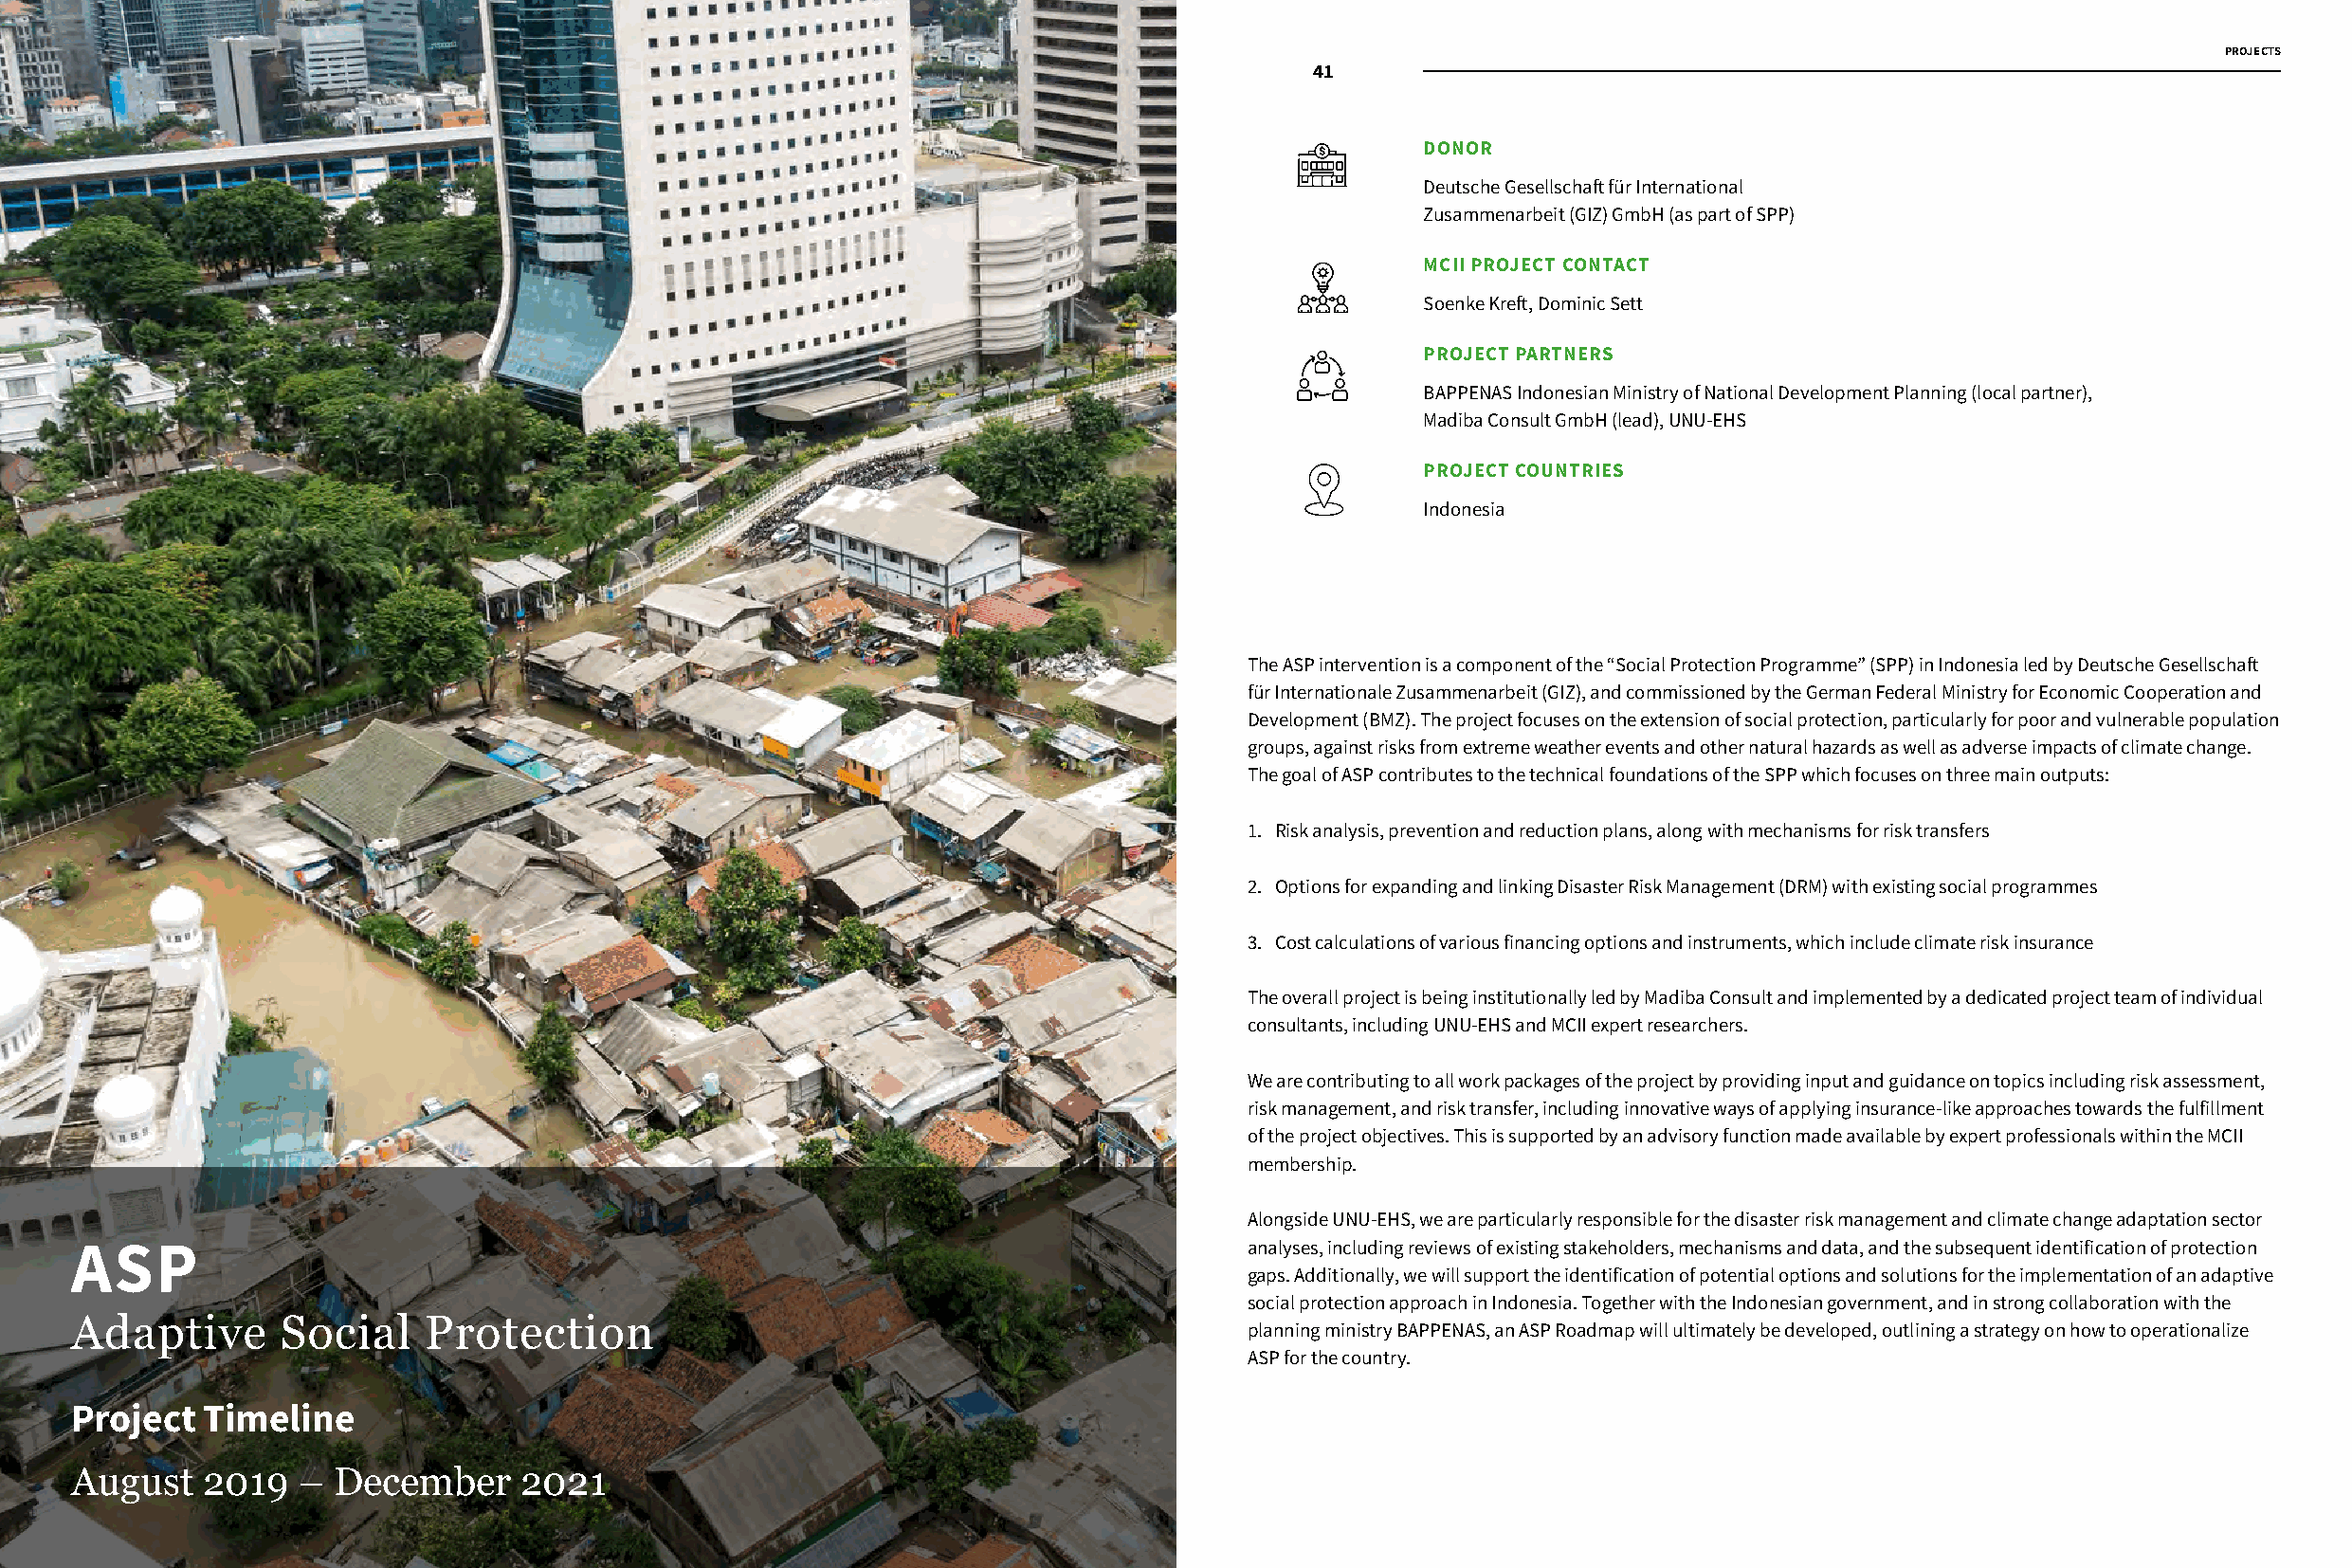
PROJECTS
 40                   41
 DONOR
 Deutsche Gesellschaft für International
 Zusammenarbeit (GIZ) GmbH (as part of SPP)
 MCII PROJECT CONTACT
 Soenke Kreft, Dominic Sett
 PROJECT PARTNERS
 BAPPENAS Indonesian Ministry of National Development Planning (local partner),
 Madiba Consult GmbH (lead), UNU-EHS
 PROJECT COUNTRIES
 Indonesia
 The ASP intervention is a component of the “Social Protection Programme” (SPP) in Indonesia led by Deutsche Gesellschaft
 für Internationale Zusammenarbeit (GIZ), and commissioned by the German Federal Ministry for Economic Cooperation and
 Development (BMZ). The project focuses on the extension of social protection, particularly for poor and vulnerable population
 groups, against risks from extreme weather events and other natural hazards as well as adverse impacts of climate change.
 The goal of ASP contributes to the technical foundations of the SPP which focuses on three main outputs:
 1. Risk analysis, prevention and reduction plans, along with mechanisms for risk transfers
 2. Options for expanding and linking Disaster Risk Management (DRM) with existing social programmes
 3. Cost calculations of various financing options and instruments, which include climate risk insurance
 The overall project is being institutionally led by Madiba Consult and implemented by a dedicated project team of individual
 consultants, including UNU-EHS and MCII expert researchers.
 We are contributing to all work packages of the project by providing input and guidance on topics including risk assessment,
 risk management, and risk transfer, including innovative ways of applying insurance-like approaches towards the fulfillment
 of the project objectives. This is supported by an advisory function made available by expert professionals within the MCII
 membership.
 Alongside UNU-EHS, we are particularly responsible for the disaster risk management and climate change adaptation sector
 ASP                                                                               analyses, including reviews of existing stakeholders, mechanisms and data, and the subsequent identification of protection
 gaps. Additionally, we will support the identification of potential options and solutions for the implementation of an adaptive
 social protection approach in Indonesia. Together with the Indonesian government, and in strong collaboration with the
 Adaptive       Social    Protection
 planning ministry BAPPENAS, an ASP Roadmap will ultimately be developed, outlining a strategy on how to operationalize
 ASP for the country.
 Project  Timeline
 August   2019   – December     2021